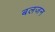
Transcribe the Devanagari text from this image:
बलजन